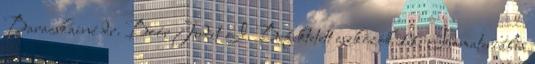
Baracskainé dr. Boór Judit I. Befektetett eszközök 11. Immateriális